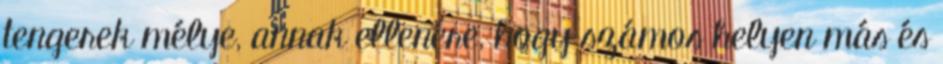
tengerek mélye, annak ellenére, hogy számos helyen más és